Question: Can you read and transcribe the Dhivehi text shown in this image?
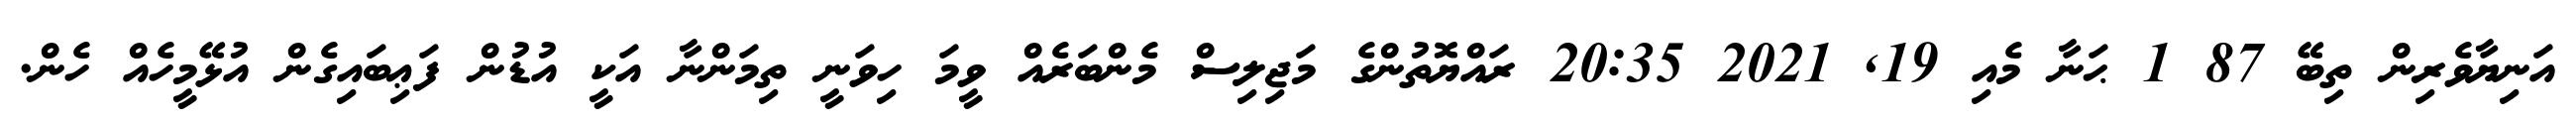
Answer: އަނިޔާވެރިން ތިބޭ 87 1 ޙަނާ މެއި 19, 2021 20:35 ރައްޔޮތުންގެ މަޖިލިސް މެންބަރެއް ވީމަ ހިވަނީ ތިމަންނާ އަކީ އުޑުން ފަޢިބައިގެން އުޅޭމީހެއް ހެން.